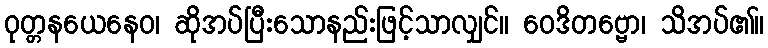
ဝုတ္တနယေနေဝ၊ ဆိုအပ်ပြီးသောနည်းဖြင့်သာလျှင်။ ဝေဒိတဗ္ဗော၊ သိအပ်၏။